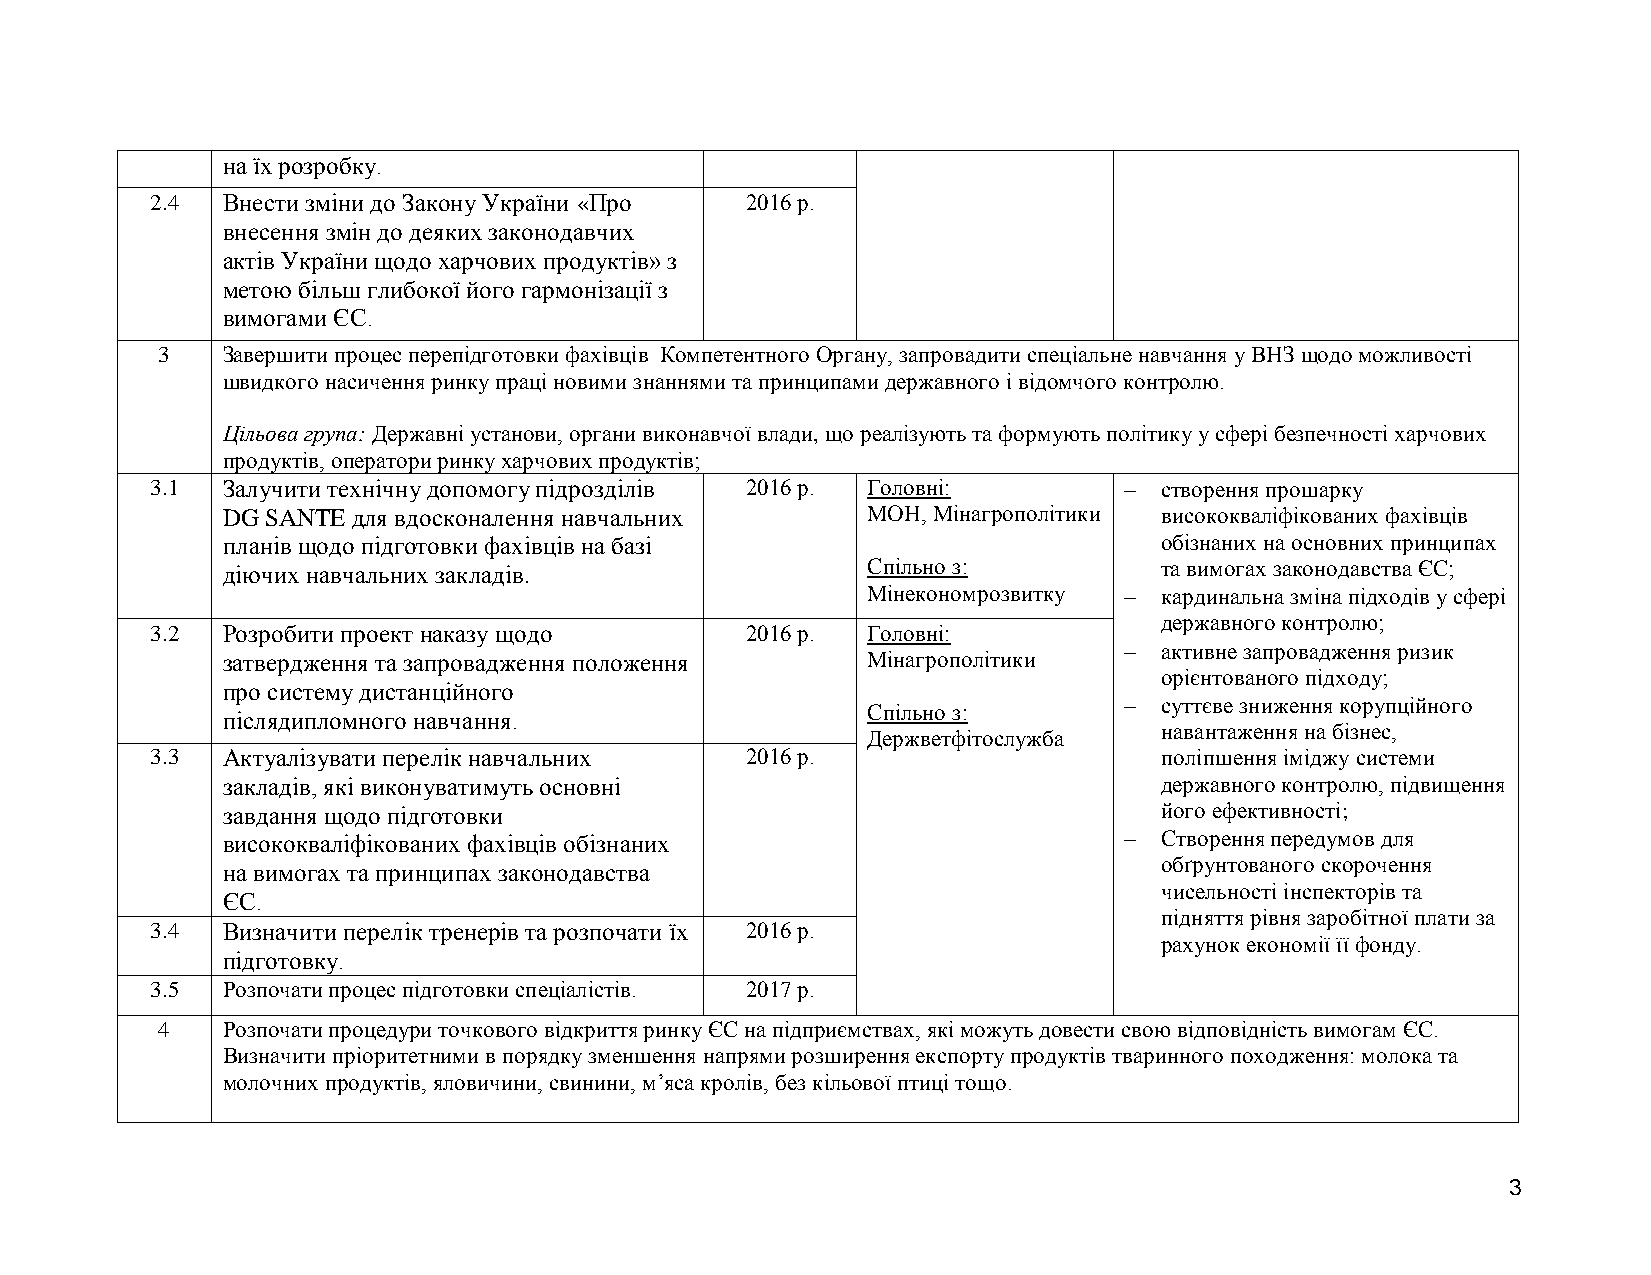
на їх розробку.
 2.4  Внести зміни до Закону України «Про 2016 р.
 внесення змін до деяких законодавчих
 актів України щодо харчових продуктів» з
 метою більш глибокої його гармонізації з
 вимогами ЄС.
 3    Завершити процес перепідготовки фахівців Компетентного Органу, запровадити спеціальне навчання у ВНЗ щодо можливості
 швидкого насичення ринку праці новими знаннями та принципами державного і відомчого контролю.
 Цільова група: Державні установи, органи виконавчої влади, що реалізують та формують політику у сфері безпечності харчових
 продуктів, оператори ринку харчових продуктів;
 3.1  Залучити технічну допомогу підрозділів 2016 р. Головні:      створення прошарку
 DG SANTE для вдосконалення навчальних     МОН, Мінагрополітики висококваліфікованих фахівців
 планів щодо підготовки фахівців на базі                       обізнаних на основних принципах
 діючих навчальних закладів.               Спільно з:          та вимогах законодавства ЄС;
 Мінекономрозвитку  кардинальна зміна підходів у сфері
 державного контролю;
 3.2  Розробити проект наказу щодо      2016 р. Головні:
   активне запровадження ризик
 затвердження та запровадження положення   Мінагрополітики
 орієнтованого підходу;
 про систему дистанційного
   суттєве зниження корупційного
 Спільно з:
 післядипломного навчання.
 навантаження на бізнес,
 Держветфітослужба
 3.3  Актуалізувати перелік навчальних  2016 р.                     поліпшення іміджу системи
 закладів, які виконуватимуть основні                          державного контролю, підвищення
 завдання щодо підготовки                                      його ефективності;
 висококваліфікованих фахівців обізнаних                      Створення передумов для
 обґрунтованого скорочення
 на вимогах та принципах законодавства
 чисельності інспекторів та
 ЄС.
 підняття рівня заробітної плати за
 3.4  Визначити перелік тренерів та розпочати їх 2016 р.
 рахунок економії її фонду.
 підготовку.
 3.5  Розпочати процес підготовки спеціалістів. 2017 р.
 4    Розпочати процедури точкового відкриття ринку ЄС на підприємствах, які можуть довести свою відповідність вимогам ЄС.
 Визначити пріоритетними в порядку зменшення напрями розширення експорту продуктів тваринного походження: молока та
 молочних продуктів, яловичини, свинини, м’яса кролів, без кільової птиці тощо.
 3